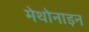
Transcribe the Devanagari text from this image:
मेथोनाइन